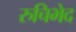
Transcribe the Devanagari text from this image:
रुचिभेद